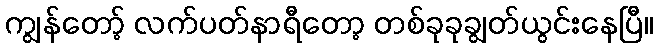
ကျွန်တော့် လက်ပတ်နာရီတော့ တစ်ခုခုချွတ်ယွင်းနေပြီ။